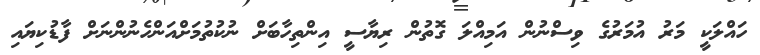
ހަައްލަކީ މަރު އުމަރުގެ ވިސްނުން އަމިއްލަ ގޮތުން ރިޔާސީ އިންތިހާބަށް ނުކުތުމަށްއަންހެނުންނަށް ފާޑުކިޔައި